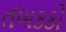
તબકકો